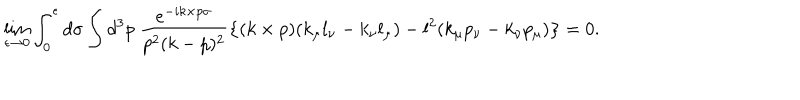
LaTeX: \lim _ { \epsilon \to 0 } \int _ { 0 } ^ { \epsilon } d \sigma \int d ^ { 3 } p ~ \frac { e ^ { - i k \times p \sigma } } { p ^ { 2 } ( k - p ) ^ { 2 } } \left\{ ( k \times p ) ( k _ { \mu } l _ { \nu } - k _ { \nu } l _ { \mu } ) - l ^ { 2 } ( k _ { \mu } p _ { \nu } - k _ { \nu } p _ { \mu } ) \right\} = 0 .